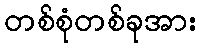
တစ်စုံတစ်ခုအား